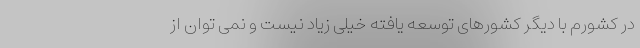
در کشورم با دیگر کشورهای توسعه یافته خیلی زیاد نیست و نمی توان از